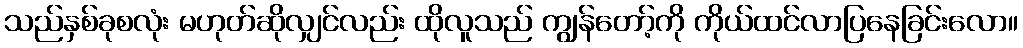
သည်နှစ်ခုစလုံး မဟုတ်ဆိုလျှင်လည်း ထိုလူသည် ကျွန်တော့်ကို ကိုယ်ထင်လာပြနေခြင်းလော။